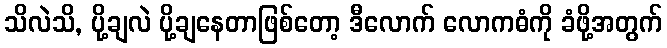
သိလဲသိ, ပို့ချလဲ ပို့ချနေတာဖြစ်တော့ ဒီလောက် လောကဓံကို ခံဖို့အတွက်